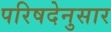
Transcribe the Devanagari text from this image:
परिषदेनुसार